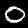
Digit: 0